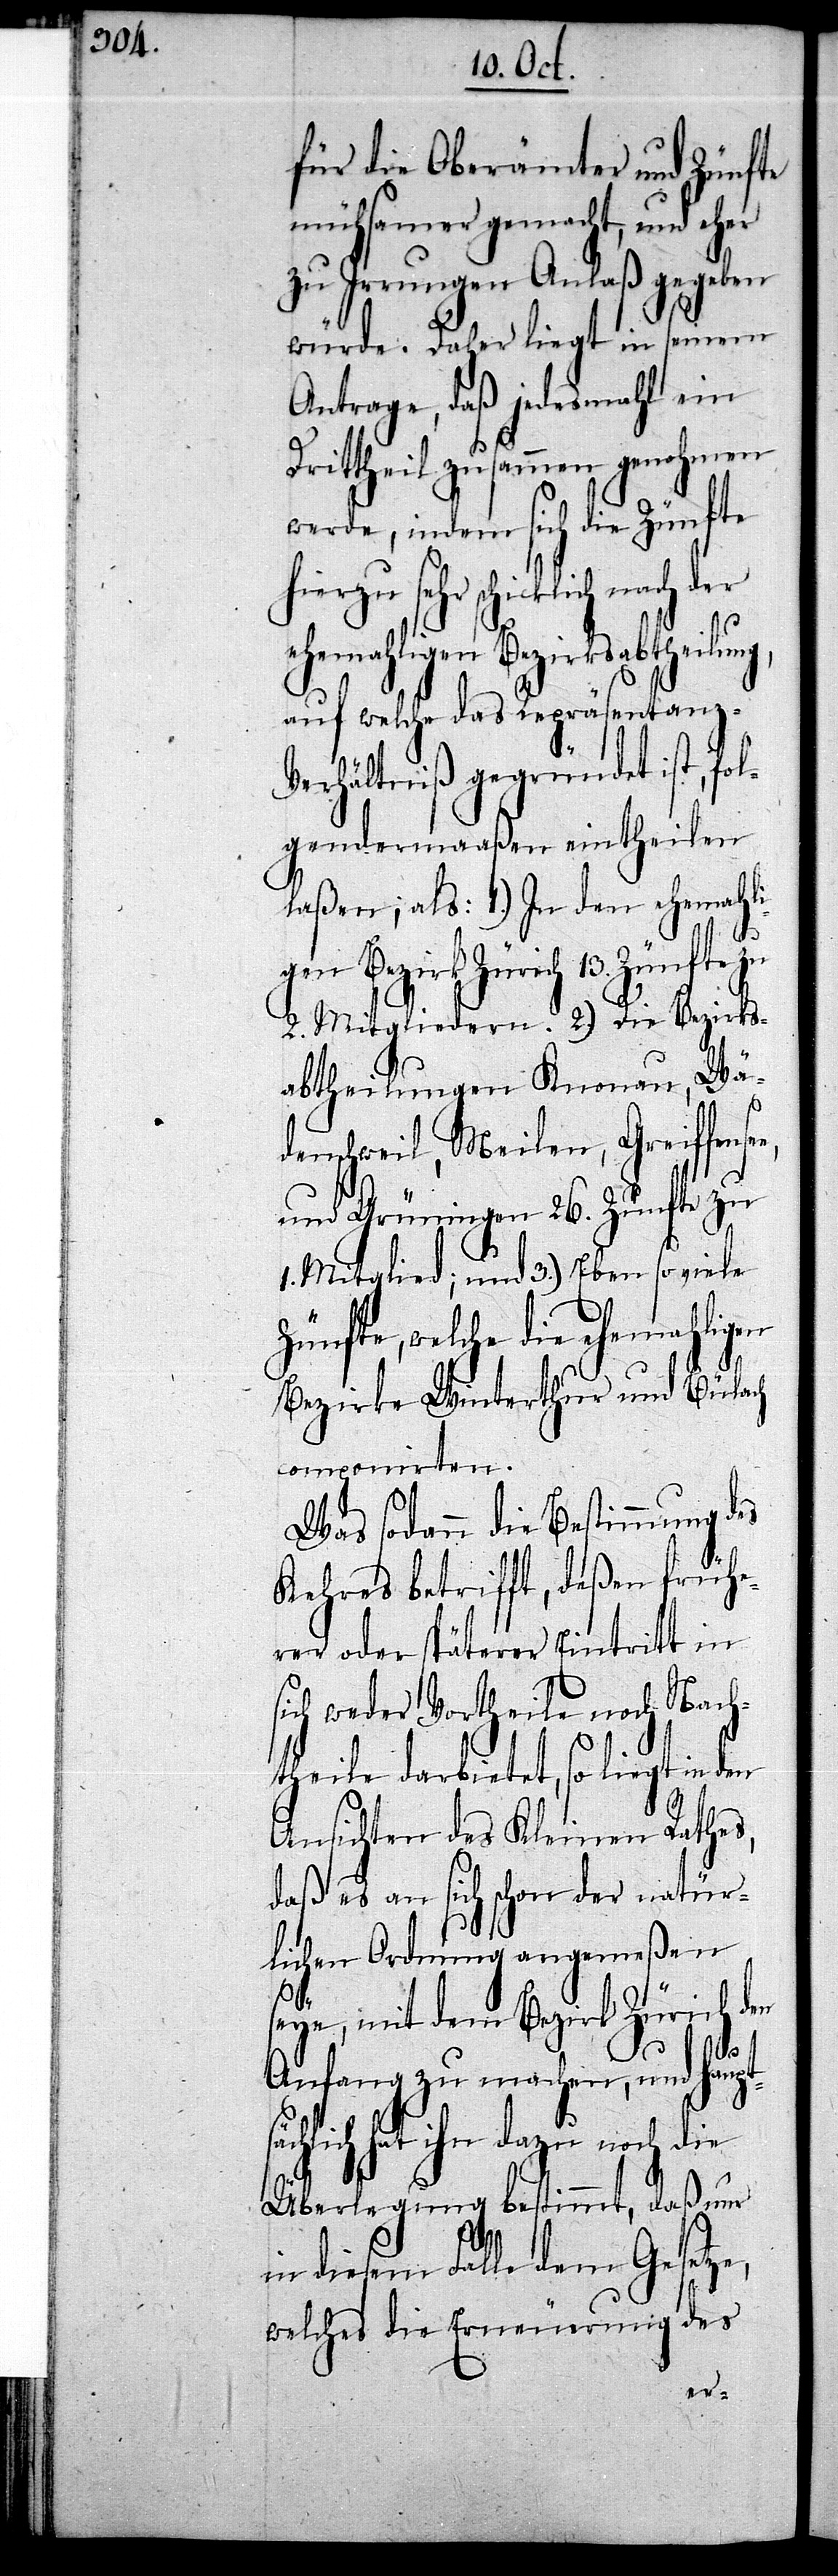
für die Oberämter und Zünfte
mühsamer gemacht, und eher
zu Irrungen Anlaß gegeben
würde. Daher liegt in seinem
Antrage, daß jedesmahl ein
Drittheil zusammen genohmen
werde, indem sich die Zünfte
hierzu sehr schicklich na¬
ehemahligen Bezirksabtheilun¬
auf welche das Repräsentanz-V¬
erhältniß gegründet ist, fol¬
gendermaaßen eintheilen
laßen; als 1.) In den ehemahli¬
ch
gen Bezirk Zürich
2. Mitgliedern. 2.) Die Bezirks¬
abtheilungen Knonau, Wä¬
denschweil, Meilen, Greiffense¬
und Grüningen 26. Zünfte zu
Mitglied; und 3.) Eben so viele
Zünfte, welche die ehemahligen
Bezirke Winterthur und Bülach
componirten.
Was sodann die Bestimmung des
Kehres betrifft, deßen frühe¬
rer oder späterer Eintritt in
sich weder Vortheile noch Nach¬
theile darbietet, so liegt in den
Ansichten des Kleinen Rathes,
daß es an sich schon der natür¬
lichen Ordnung angemeßen
seye, mit dem Bezirk Zürich den
e,
Anfang zu machen, und haupts¬
ächlich hat ihn dazu noch die
Überlegung bestimmt, daß nur
in diesem Falle dem Gesetz¬
welches die Erneuerung des